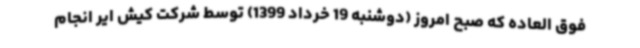
فوق العاده که صبح امروز (دوشنبه 19 خرداد 1399) توسط شرکت کیش ایر انجام